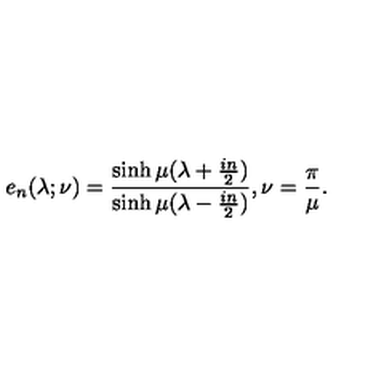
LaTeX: e _ { n } ( \lambda ; \nu ) = \frac { \sinh \mu ( \lambda + { \frac { i n } { 2 } } ) } { \sinh \mu ( \lambda - { \frac { i n } { 2 } } ) } , \nu = { \frac { \pi } { \mu } } . \nonumber